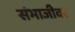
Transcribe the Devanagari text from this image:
संभाजीवर